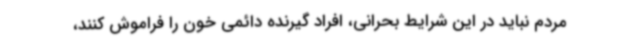
مردم نباید در این شرایط بحرانی، افراد گیرنده دائمی خون را فراموش کنند،